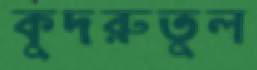
কুদরুতুল